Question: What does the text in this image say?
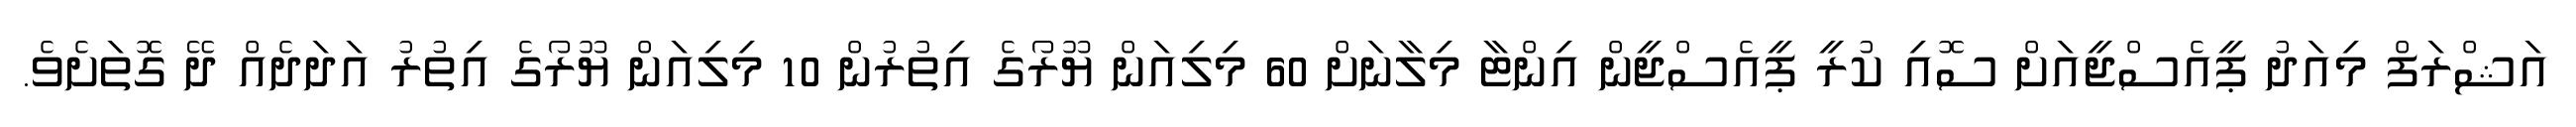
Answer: އަޝްރަފް މިއަދު ޕީއެސްޖީއަށް ސޮއި ކުރީ ޕީއެސްޖީން އިންޓާ މިލާނަށް 60 މިލިއަން ޔޫރޯގެ އިތުރުން 10 މިލިއަން ޔޫރޯގެ އިތުރު އަދަދެއް ދޭ ގޮތަށެވެ.